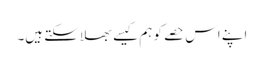
اپنے اس حصے کو ہم کیسے بھلا سکتے ہیں۔